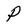
Character: P